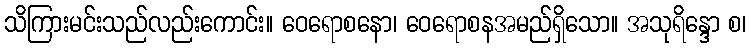
သိကြားမင်းသည်လည်းကောင်း။ ဝေရောစနော၊ ဝေရောစနအမည်ရှိသော။ အသုရိန္ဒော စ၊